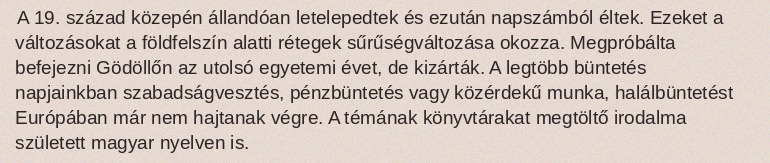
A 19. század közepén állandóan letelepedtek és ezután napszámból éltek. Ezeket a változásokat a földfelszín alatti rétegek sűrűségváltozása okozza. Megpróbálta befejezni Gödöllőn az utolsó egyetemi évet, de kizárták. A legtöbb büntetés napjainkban szabadságvesztés, pénzbüntetés vagy közérdekű munka, halálbüntetést Európában már nem hajtanak végre. A témának könyvtárakat megtöltő irodalma született magyar nyelven is.